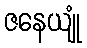
ဇနေယျုံ